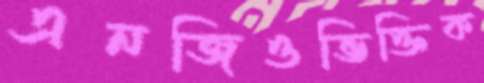
এনজিওভিক্তিক